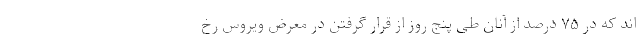
اند که در ۷۵ درصد از آنان طی پنج روز از قرار گرفتن در معرض ویروس رخ